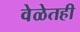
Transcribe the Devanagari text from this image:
वेळेतही